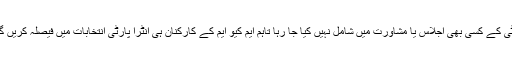
انہوں نے کہا کہ مجھے پارٹی کے کسی بھی اجلاس یا مشاورت میں شامل نہیں کیا جا رہا تاہم ایم کیو ایم کے کارکنان ہی انٹرا پارٹی انتخابات میں فیصلہ کریں گے کہ وہ کس کے ساتھ ہیں؟